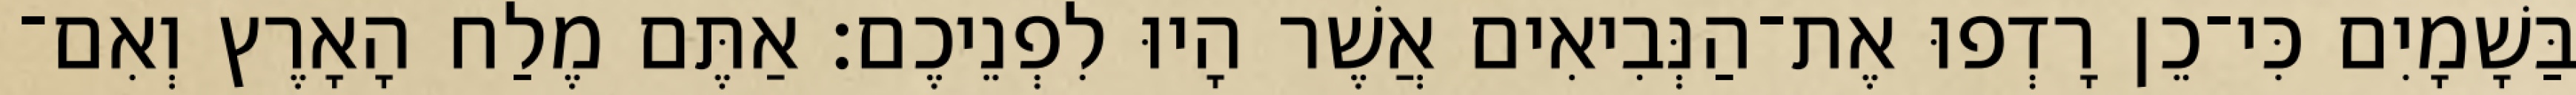
בַּשָׁמָיִם כִּי־כֵן רָדְפוּ אֶת־הַנְּבִיאִים אֲשֶׁר הָיוּ לִפְנֵיכֶם׃ אַתֶּם מֶלַח הָאָרֶץ וְאִם־